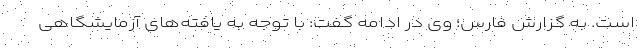
است. به گزارش فارس؛ وی در ادامه گفت: با توجه به یافته‌های آزمایشگاهی